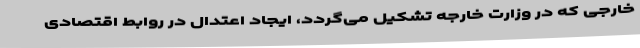
خارجی که در وزارت خارجه تشکیل می‌گردد، ایجاد اعتدال در روابط اقتصادی